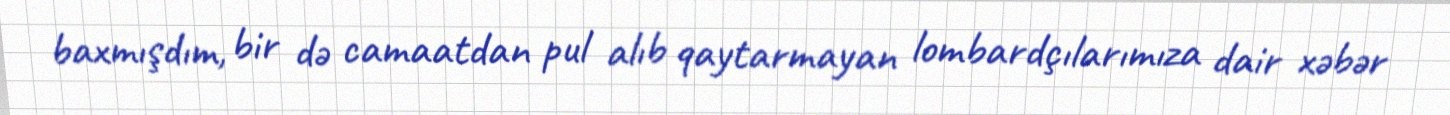
baxmışdım, bir də camaatdan pul alıb qaytarmayan lombardçılarımıza dair xəbər